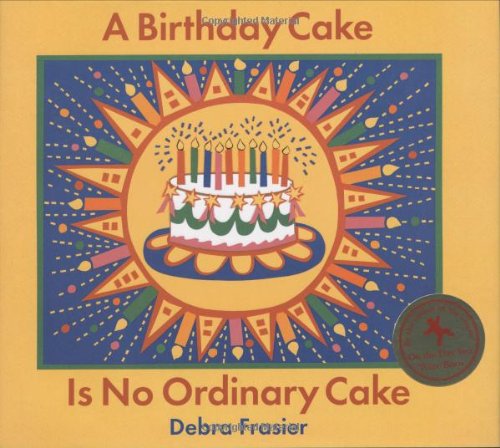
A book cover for A Birthday Cake Is No Ordinary Cake; Debra Frasier; Children's Books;